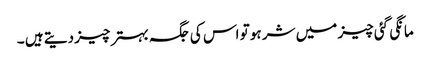
مانگی گئی چیز میں شر ہو تو اس کی جگہ بہتر چیز دیتے ہیں ۔